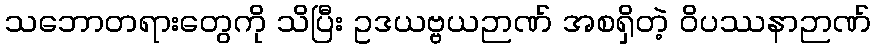
သဘောတရားတွေကို သိပြီး ဥဒယဗ္ဗယဉာဏ် အစရှိတဲ့ ဝိပဿနာဉာဏ်